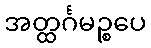
အတ္ထင်္ဂမဉ္စပေ